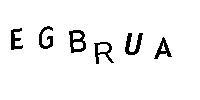
EGBRUA